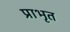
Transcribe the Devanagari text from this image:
प्राभृत